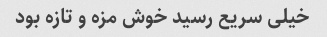
خیلی سریع رسید خوش مزه و تازه بود